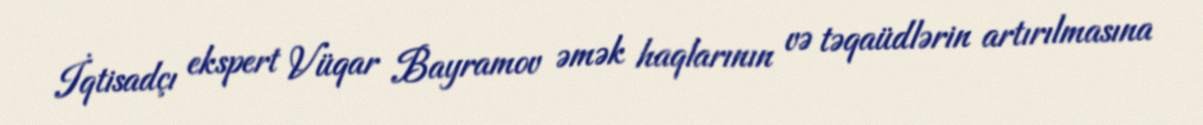
İqtisadçı ekspert Vüqar Bayramov əmək haqlarının və təqaüdlərin artırılmasına